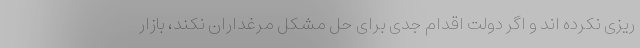
ریزی نکرده اند و اگر دولت اقدام جدی برای حل مشکل مرغداران نکند، بازار